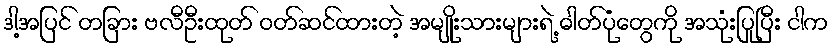
ဒါ့အပြင် တခြား ဗလီဦးထုတ် ဝတ်ဆင်ထားတဲ့ အမျိုးသားများရဲ့ ဓါတ်ပုံတွေကို အသုံးပြုပြီး ငါက